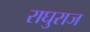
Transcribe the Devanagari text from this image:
राघुराज